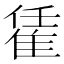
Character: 𨿃